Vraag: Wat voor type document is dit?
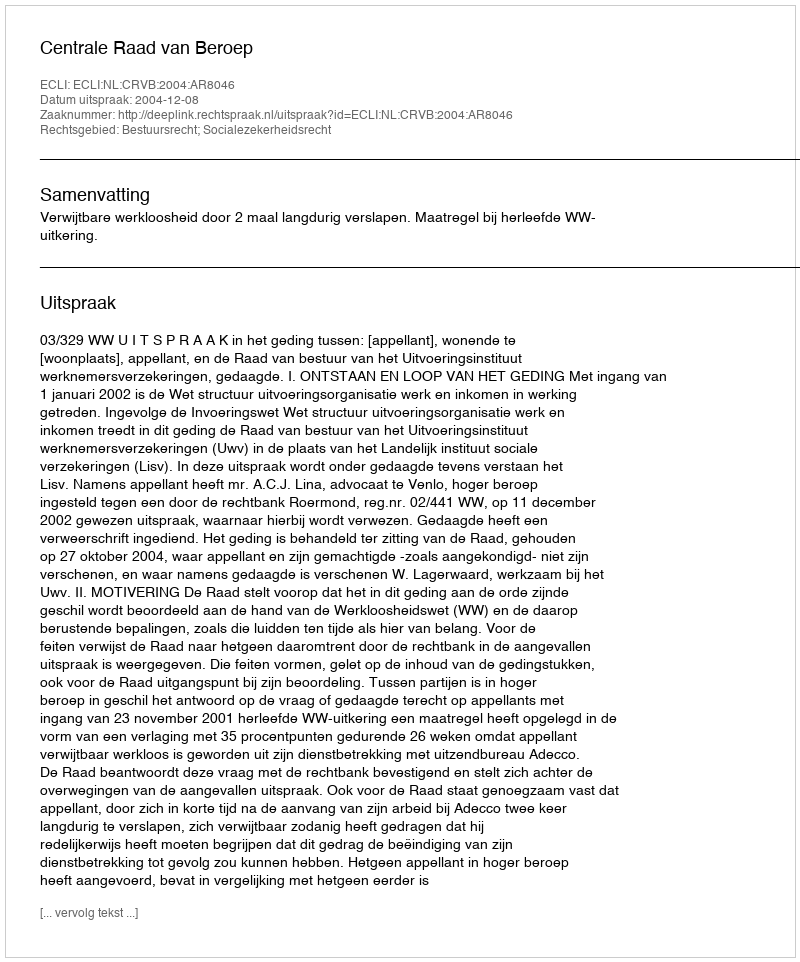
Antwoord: Uitspraak